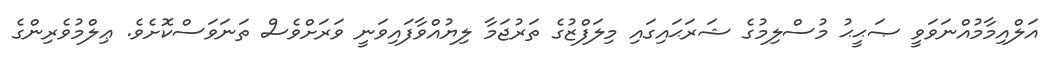
އަލްއިމާމުއްނަވަވީ ޞަޙީޙު މުސްލިމުގެ ޝަރަޙައިގައި މިލަފްޒުގެ ތަރުޖަމާ ލިޔުއްވާފައިވަނީ ވަރަށްވެސް ތަނަވަސްކޮށެވެ. ޢިލްމުވެރިންގެ